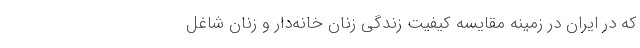
که در ایران در زمینه مقایسه کیفیت زندگی زنان خانه‌دار و زنان شاغل